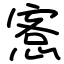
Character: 愙